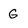
Character: G